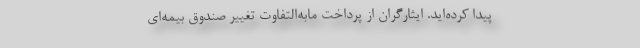
پیدا کرده‌اید. ایثارگران از پرداخت مابه‌التفاوت تغییر صندوق بیمه‌ای